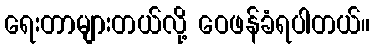
ရေးတာများတယ်လို့ ဝေဖန်ခံရပါတယ်။